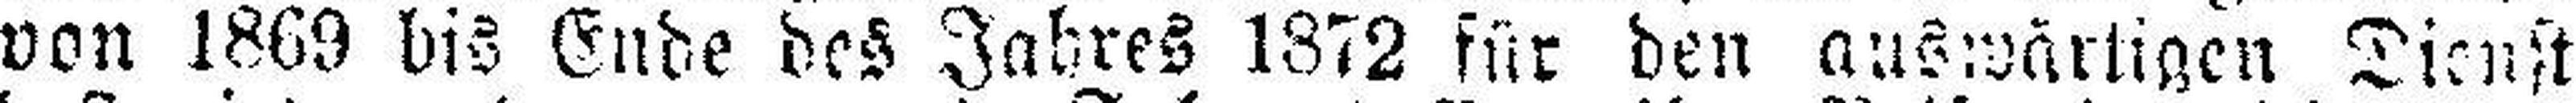
von 1869 bis Ende des Jahres 1872 für den auswärtigen Dienst